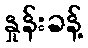
နှုန်းခန့်